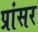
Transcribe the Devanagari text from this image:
प्रांसर